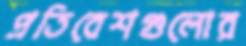
প্রতিবেশগুলোর